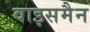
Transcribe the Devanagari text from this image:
वाइसमैन